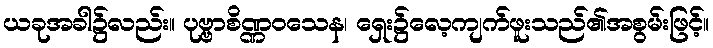
ယခုအခါ၌လည်း။ ပုဗ္ဗာစိဏ္ဏဝသေန၊ ရှေး၌လေ့ကျက်ဖူးသည်၏အစွမ်းဖြင့်။